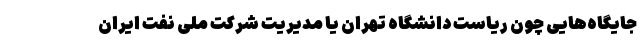
جایگاه‌هایی چون ریاست دانشگاه تهران یا مدیریت شرکت ملی نفت ایران